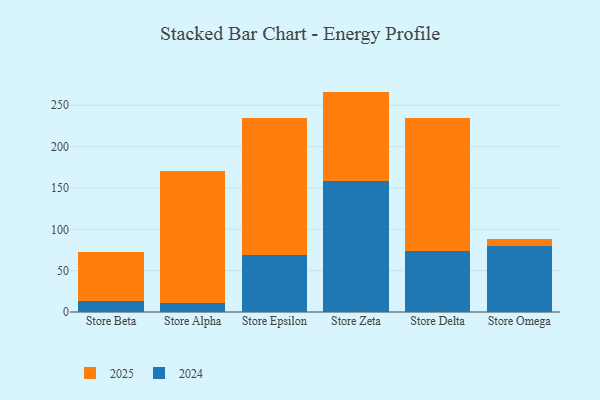
{"axis": {"x": "Store", "y": "Tickets Resolved"}, "legend": ["2024", "2025"], "data": [{"x": "Store Beta", "y": 13.5, "type": "2024"}, {"x": "Store Beta", "y": 59.1, "type": "2025"}, {"x": "Store Alpha", "y": 11.4, "type": "2024"}, {"x": "Store Alpha", "y": 159.5, "type": "2025"}, {"x": "Store Epsilon", "y": 69.5, "type": "2024"}, {"x": "Store Epsilon", "y": 165.1, "type": "2025"}, {"x": "Store Zeta", "y": 157.9, "type": "2024"}, {"x": "Store Zeta", "y": 108.6, "type": "2025"}, {"x": "Store Delta", "y": 73.7, "type": "2024"}, {"x": "Store Delta", "y": 161.3, "type": "2025"}, {"x": "Store Omega", "y": 79.5, "type": "2024"}, {"x": "Store Omega", "y": 8.4, "type": "2025"}]}